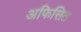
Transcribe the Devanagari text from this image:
अफिसित